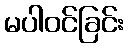
မပါဝင်ခြင်း